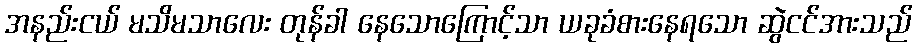
အနည်းငယ် မသိမသာလေး တုန်ခါ နေသောကြောင့်သာ ယခုခံစားနေရသော ဆွဲငင်အားသည်